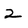
Character: 2